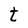
Character: t